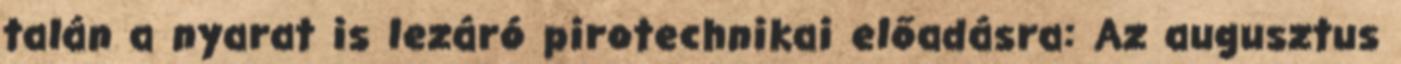
talán a nyarat is lezáró pirotechnikai előadásra: Az augusztus